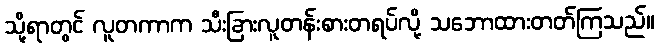
သို့ရာတွင် လူတကာက သီးခြားလူတန်းစားတရပ်လို့ သဘောထားတတ်ကြသည်။